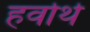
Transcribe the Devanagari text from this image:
हर्वार्थ